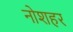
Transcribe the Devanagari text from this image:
नोशहर